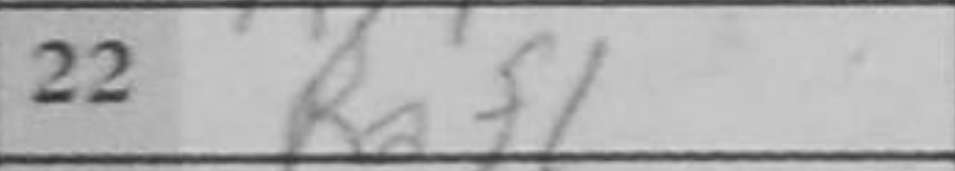
Transcription: Raf1